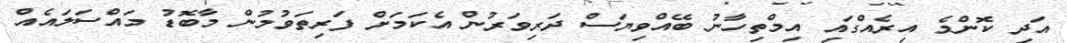
އަދި ކޮންމެ އިރެއްގައި އިމްތިހާނު ބޭއްވިޔަސް ދަރިވަރުން އެކަމަށް ފަރިތަވުމުން މާބޮޑު މައްސަލައެއް